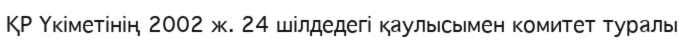
ҚР Үкіметінің 2002 ж. 24 шілдедегі қаулысымен комитет туралы